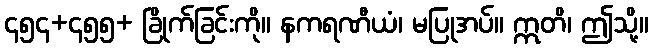
၄၅၄+၄၅၅+ ခြိုက်ခြင်းကို။ နကရဏီယံ၊ မပြုအပ်။ ဣတိ၊ ဤသို့။